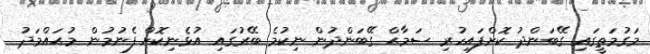
މަގުމަތީގައި ގޭބަންދު ކޮށްފައިހުރި ސަމާޙް ގޭބަންދުން ނިކުމެ ބޭރުގައި އުޅެނިކޮށް ފެނުމުން މުޙައްމަދު